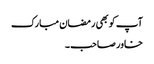
آپ کو بھی رمضان مبارک
خاور صاحب ۔